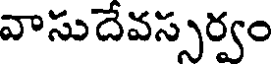
వాసుదేవస్సర్వం